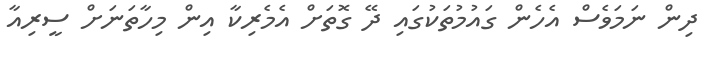
ދިން ނަމަވެސް އެހެން ގައުމުތަކުގައި ދޭ ގޮތަށް އެމެރިކާ އިން މިހާތަނަށް ސީރިއާ